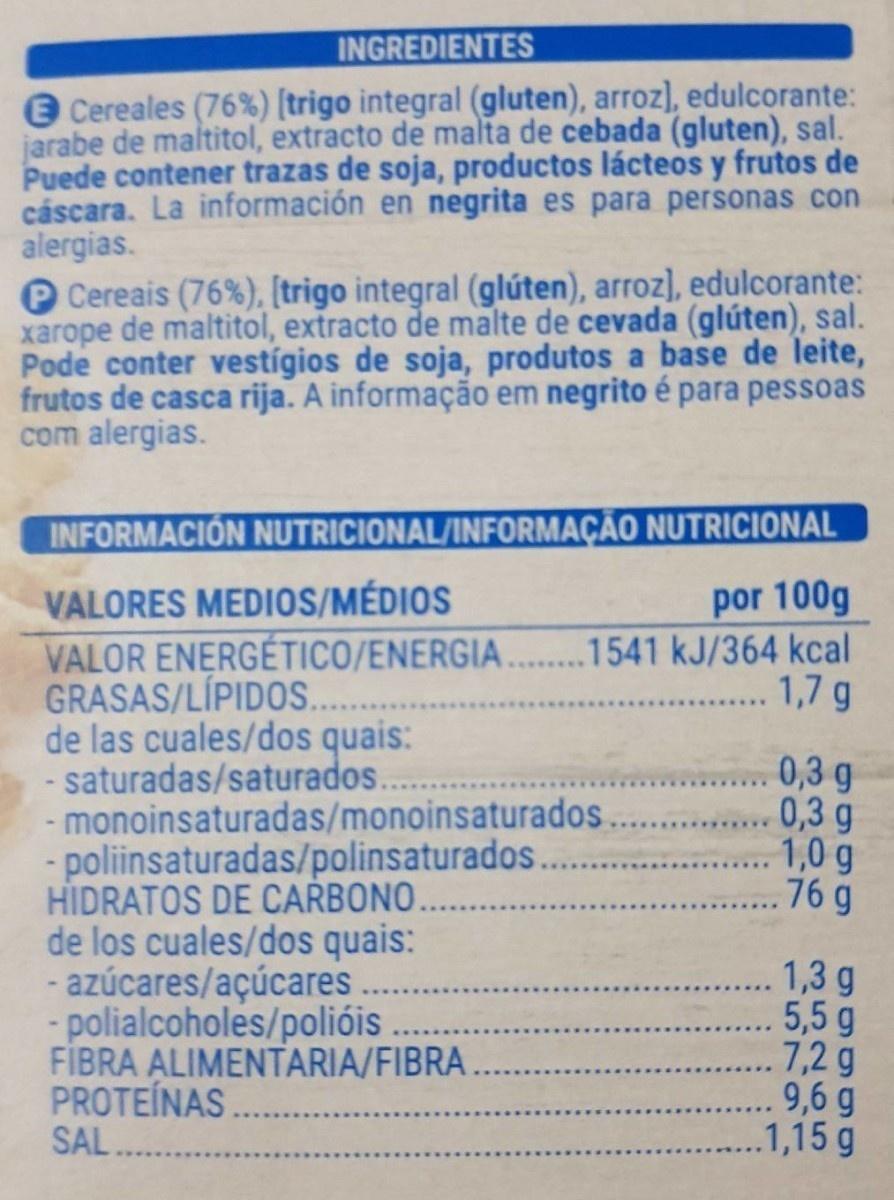
INGREDIENTES
e Cereales (76%) [trigo integral (gluten), arroz], edulcorante: jarabe de maltitol, extracto de malta de cebada (gluten), sal. Puede contener trazas de soja, productos lácteos y frutos de cáscara. La información en negrita es para personas con alergias. P Cereais (76%). [trigo integral (glúten), arroz], edulcorante: xarope de maltitol, extracto de malte de cevada (glúten), sal. Pode conter vestígios de soja, produtos a base de leite, frutos de casca rija. A informação em negrito é para pessoas com alergias.
INFORMACIÓN NUTRICIONAL/INFORMAÇÃO NUTRICIONAL
VALORES MEDIOS/MÉDIOS VALOR ENERGÉTICO/ENERGIA..... 1541 kJ/364 kcal GRASAS/LÍPIDOS. . de las cuales/dos quais: - saturadas/saturados.. - monoinsaturadas/monoinsaturados - poliinsaturadas/polinsaturados. HIDRATOS DE CARBONO.. de los cuales/dos quais: - azúcares/açúcares - polialcoholes/polióis FİBRA ALIMENTARIA/FIBRA. PROTEÍNAS SAL ...
por 100g
1,7 g
...****
0,3 g 0,3 g 1,0 g 76 g
1,3 g 5,5 g 7,2 g 9,6 g 1,15 g